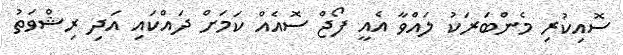
ސޮއިކުރި މެންބަރަކު ލައްވާ އެއީ ފޯޖް ސޮއެއް ކަމަށް ދައްކައި އަދި ރިޝްވަތު